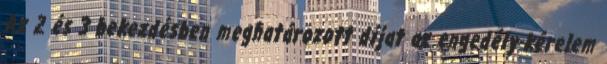
Az 2 és 3 bekezdésben meghatározott díjat az engedély-kérelem